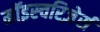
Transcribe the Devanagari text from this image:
मॉइस्चरिज़ेर्स